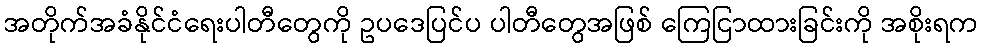
အတိုက်အခံနိုင်ငံရေးပါတီတွေကို ဥပဒေပြင်ပ ပါတီတွေအဖြစ် ကြေငြာထားခြင်းကို အစိုးရက